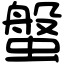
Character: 螌